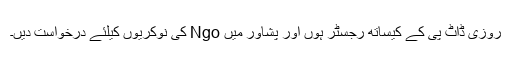
روزی ڈاٹ پی کے کیساتھ رجسٹر ہوں اور پشاور میں Ngo کی نوکریوں کیلئے درخواست دیں۔